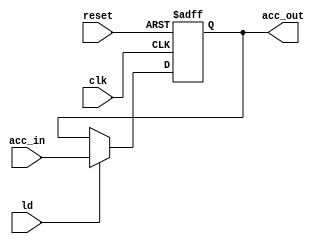
module acc(
    input reset,
    input clk,
    input ld,
    input [7:0] acc_in,
    output reg [7:0] acc_out
    );
    
always@(posedge clk or posedge reset)begin
    if(reset)
        acc_out <= 8'b0000_0000;
    else
        if(ld)
            acc_out <= acc_in;
end
endmodule